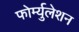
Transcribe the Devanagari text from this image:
फोर्म्युलेशन